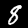
Digit: 8